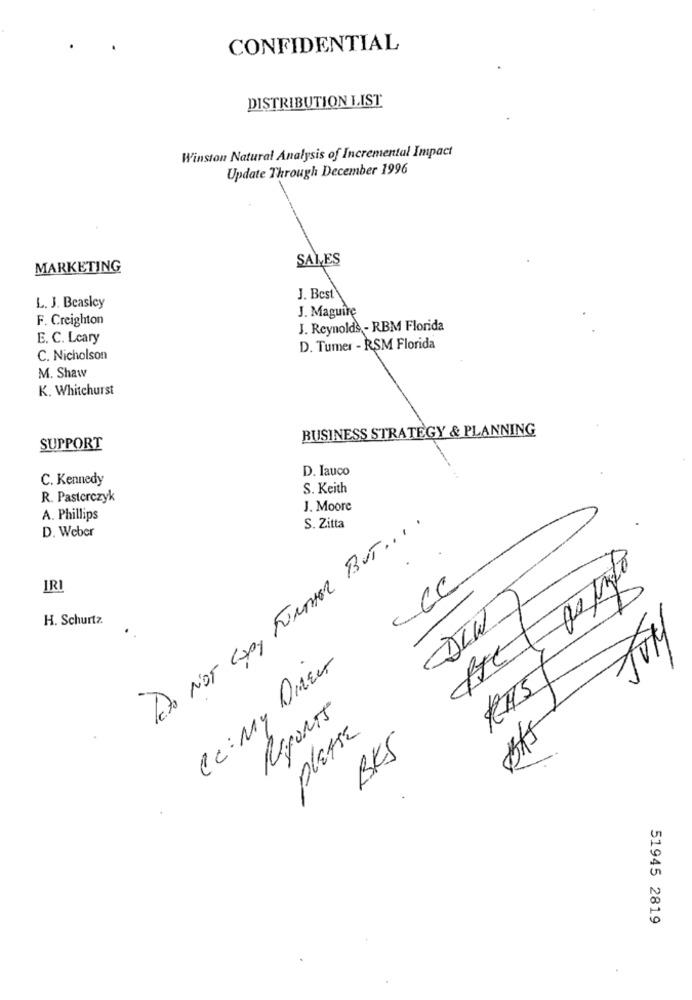
CONFIDENTIAL
DISTRIBUTION LIST
Winston Natural Analysis of Incremental Impact
Update Through December 1996
SALES
MARKETING
J. Best
L. J. Beasley
J. Maguire
F. Creighton
J. Reynolds - RBM Florida
E. C. Lcary
D. Tumer - RSM Florida
C. Nicholson
M. Shaw
K. Whitehurst
BUSINESS STRATEGY & PLANNING
SUPPORT
D. Iauco
C. Kennedy
S. Keith
R. Pasterczyk
J. Moore
A. Phillips
D. Weber
Data NOT COPY FURTHER BUT ....
S. Zitta
as unto
IRI
CC
DIW
H. Schurtz
Cc : My Dizer
REPORTS
PLEASE
BKS
BAS
51945 2819